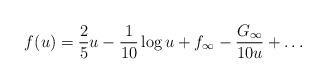
LaTeX: \begin{align*}f(u)=\frac{2}{5} u-\frac{1}{10} \log u + f_{\infty} -\frac{G_{\infty}}{10 u}+\ldots\end{align*}